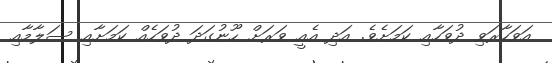
އަވަހާރަވި ދުވަހާއި ކަމަށެވެ. އަދި އެއީ ވަރަށް ހޫނުގަދަ ދުވަހެއް ކަމަށާއި ސަލާމާއި